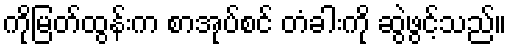
ကိုမြတ်ထွန်းက စာအုပ်စင် တံခါးကို ဆွဲဖွင့်သည်။